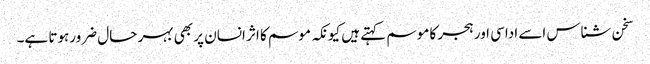
سخن شناس اسے اداسی اور ہجر کا موسم کہتے ہیں کیونکہ موسم کا اثر انسان پر بھی بہر حال ضرورہوتا ہے۔